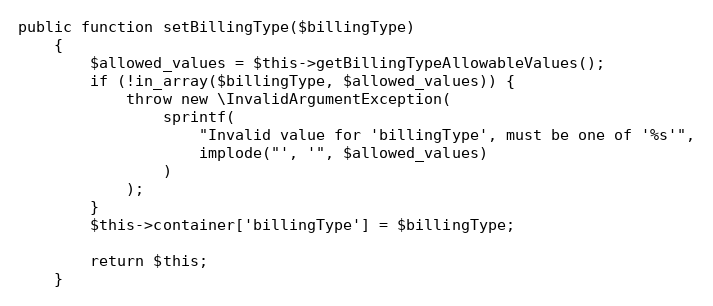
Language: PHP
public function setBillingType($billingType)
    {
        $allowed_values = $this->getBillingTypeAllowableValues();
        if (!in_array($billingType, $allowed_values)) {
            throw new \InvalidArgumentException(
                sprintf(
                    "Invalid value for 'billingType', must be one of '%s'",
                    implode("', '", $allowed_values)
                )
            );
        }
        $this->container['billingType'] = $billingType;

        return $this;
    }